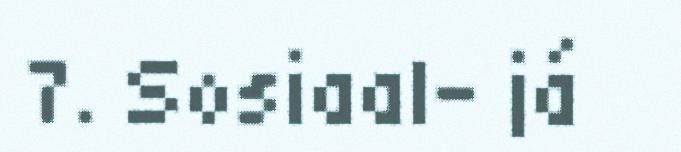
7. Sosiaal- já